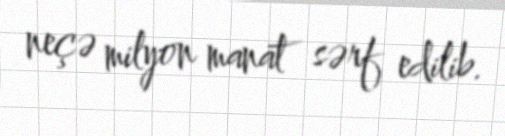
neçə milyon manat sərf edilib.